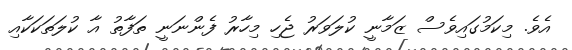
އެވެ. މިކަމުގައިވެސް ޒަމާނީ ކުލަވަރު ޖެހި މިހާރު ފެންނަނީ ތަފާތު އާ ކުލަތަކަކާއި